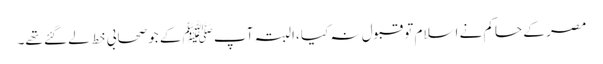
مصر کے حاکم نے اسلام تو قبول نہ کیا ،البتہ آپ ﷺکے جو صحابی خط لے گئے تھے۔